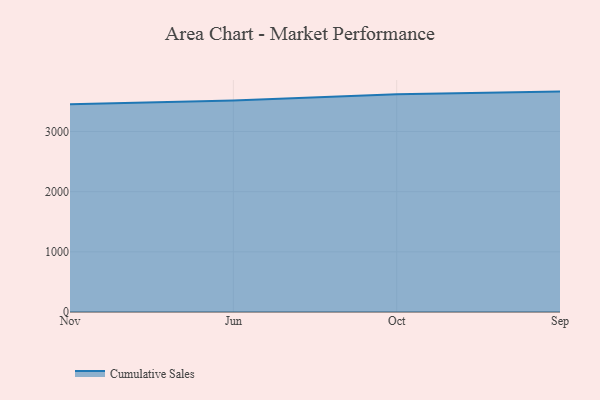
{"axis": {"x": "Month", "y": "Shipments"}, "legend": ["Cumulative Sales"], "data": [{"x": "Nov", "y": 3452.5, "type": "Cumulative Sales"}, {"x": "Jun", "y": 3514.5, "type": "Cumulative Sales"}, {"x": "Oct", "y": 3621.1, "type": "Cumulative Sales"}, {"x": "Sep", "y": 3663.5, "type": "Cumulative Sales"}]}